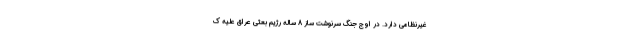
غیرنظامی دارد. در اوج جنگ سرنوشت ساز 8 ساله رژیم بعثی عراق علیه ک